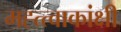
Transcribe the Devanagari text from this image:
मह्त्त्वाकांक्षी